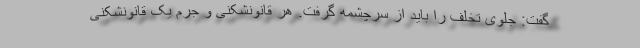
گفت: جلوی تخلف را باید از سرچشمه گرفت. هر قانونشکنی و جرم یک قانونشکنی